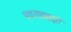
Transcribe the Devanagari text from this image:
पथनाट्याद्वारे